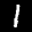
Label: 1